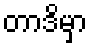
တာဒိမှာ